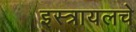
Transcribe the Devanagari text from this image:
इस्त्रायलचे